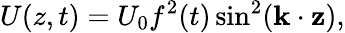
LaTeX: U(z,t)=U_{0}f^{2}(t)\sin^{2}(\mathbf{k\cdot z}),